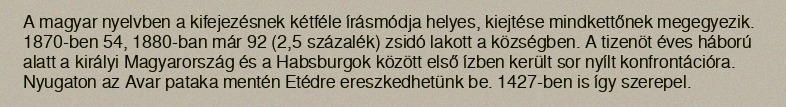
A magyar nyelvben a kifejezésnek kétféle írásmódja helyes, kiejtése mindkettőnek megegyezik. 1870-ben 54, 1880-ban már 92 (2,5 százalék) zsidó lakott a községben. A tizenöt éves háború alatt a királyi Magyarország és a Habsburgok között első ízben került sor nyílt konfrontációra. Nyugaton az Avar pataka mentén Etédre ereszkedhetünk be. 1427-ben is így szerepel.